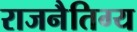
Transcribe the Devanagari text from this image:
राजनैतिग्य